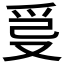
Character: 𤔂